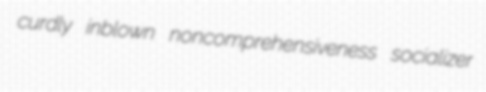
curdly inblown noncomprehensiveness socializer